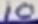
Text: 10